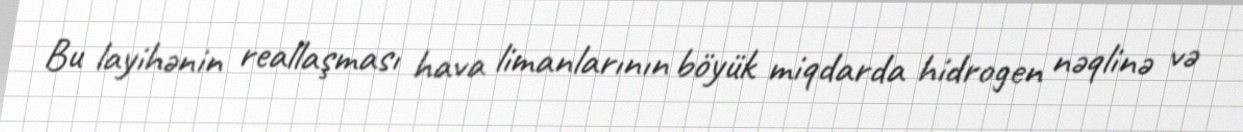
Bu layihənin reallaşması hava limanlarının böyük miqdarda hidrogen nəqlinə və